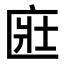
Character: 𫧔